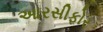
આરસીફોર